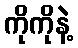
ကိုကိုနဲ့